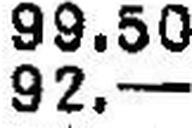
92.—